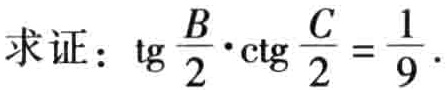
求证：\(\mathrm{tg}\frac{B}{2}\cdot\mathrm{ctg}\frac{C}{2}=\frac{1}{9}\)